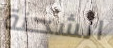
الشحنة